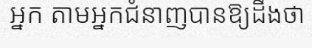
អ្នក តាមអ្នកជំនាញបានឱ្យដឹងថា